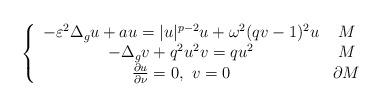
LaTeX: \begin{align*}\left\{ \begin{array}{cc}-\varepsilon^{2}\Delta_{g}u+au=|u|^{p-2}u+\omega^{2}(qv-1)^{2}u & M\\-\Delta_{g}v+q^{2}u^{2}v=qu^{2} & M\\\frac{\partial u}{\partial\nu}=0,\ v=0 & \partial M\end{array}\right.\end{align*}